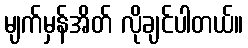
မျက်မှန်အိတ် လိုချင်ပါတယ်။